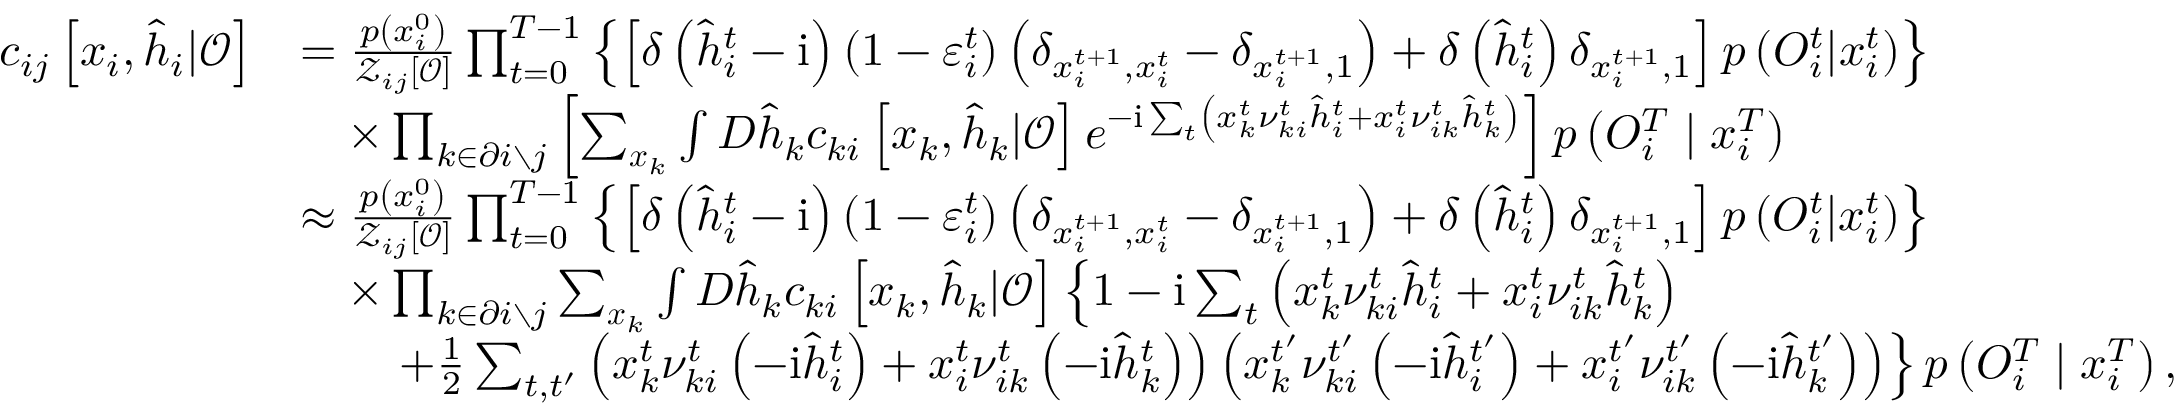
\begin{array} { r l } { c _ { i j } \left[ \boldsymbol { x } _ { i } , \hat { \boldsymbol { h } } _ { i } | \boldsymbol { \mathcal { O } } \right] } & { = \frac { p \left( x _ { i } ^ { 0 } \right) } { \mathcal { Z } _ { i j } [ \boldsymbol { \mathcal { O } } ] } \prod _ { t = 0 } ^ { T - 1 } \left\{ \left[ \delta \left( \hat { h } _ { i } ^ { t } - \mathrm { i } \right) \left( 1 - \varepsilon _ { i } ^ { t } \right) \left( \delta _ { x _ { i } ^ { t + 1 } , x _ { i } ^ { t } } - \delta _ { x _ { i } ^ { t + 1 } , 1 } \right) + \delta \left( \hat { h } _ { i } ^ { t } \right) \delta _ { x _ { i } ^ { t + 1 } , 1 } \right] p \left( { O } _ { i } ^ { t } | x _ { i } ^ { t } \right) \right\} } \\ & { \quad \times \prod _ { k \in \partial i \setminus j } \left[ \sum _ { \boldsymbol { x } _ { k } } \int D \hat { \boldsymbol { h } } _ { k } c _ { k i } \left[ \boldsymbol { x } _ { k } , \hat { \boldsymbol { h } } _ { k } | \boldsymbol { \mathcal { O } } \right] e ^ { - \mathrm { i } \sum _ { t } \left( x _ { k } ^ { t } \nu _ { k i } ^ { t } \hat { h } _ { i } ^ { t } + x _ { i } ^ { t } \nu _ { i k } ^ { t } \hat { h } _ { k } ^ { t } \right) } \right] p \left( { O } _ { i } ^ { T } \mid x _ { i } ^ { T } \right) } \\ & { \approx \frac { p \left( x _ { i } ^ { 0 } \right) } { \mathcal { Z } _ { i j } [ \boldsymbol { \mathcal { O } } ] } \prod _ { t = 0 } ^ { T - 1 } \left\{ \left[ \delta \left( \hat { h } _ { i } ^ { t } - \mathrm { i } \right) \left( 1 - \varepsilon _ { i } ^ { t } \right) \left( \delta _ { x _ { i } ^ { t + 1 } , x _ { i } ^ { t } } - \delta _ { x _ { i } ^ { t + 1 } , 1 } \right) + \delta \left( \hat { h } _ { i } ^ { t } \right) \delta _ { x _ { i } ^ { t + 1 } , 1 } \right] p \left( { O } _ { i } ^ { t } | x _ { i } ^ { t } \right) \right\} } \\ & { \quad \times \prod _ { k \in \partial i \setminus j } \sum _ { \boldsymbol { x } _ { k } } \int D \hat { \boldsymbol { h } } _ { k } c _ { k i } \left[ \boldsymbol { x } _ { k } , \hat { \boldsymbol { h } } _ { k } | \boldsymbol { \mathcal { O } } \right] \left\{ 1 - \mathrm { i } \sum _ { t } \left( x _ { k } ^ { t } \nu _ { k i } ^ { t } \hat { h } _ { i } ^ { t } + x _ { i } ^ { t } \nu _ { i k } ^ { t } \hat { h } _ { k } ^ { t } \right) \right. } \\ & { \qquad \left. + \frac { 1 } { 2 } \sum _ { t , t ^ { \prime } } \left( x _ { k } ^ { t } \nu _ { k i } ^ { t } \left( - \mathrm { i } \hat { h } _ { i } ^ { t } \right) + x _ { i } ^ { t } \nu _ { i k } ^ { t } \left( - \mathrm { i } \hat { h } _ { k } ^ { t } \right) \right) \left( x _ { k } ^ { t ^ { \prime } } \nu _ { k i } ^ { t ^ { \prime } } \left( - \mathrm { i } \hat { h } _ { i } ^ { t ^ { \prime } } \right) + x _ { i } ^ { t ^ { \prime } } \nu _ { i k } ^ { t ^ { \prime } } \left( - \mathrm { i } \hat { h } _ { k } ^ { t ^ { \prime } } \right) \right) \right\} p \left( { O } _ { i } ^ { T } \mid x _ { i } ^ { T } \right) , } \end{array}